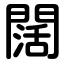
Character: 闊